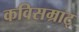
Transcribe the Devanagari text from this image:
कविसम्राट्